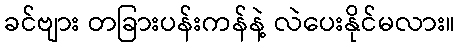
ခင်ဗျား တခြားပန်းကန်နဲ့ လဲပေးနိုင်မလား။